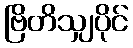
ဗြိတိသျှပိုင်